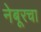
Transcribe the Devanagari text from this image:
नेबूरचा